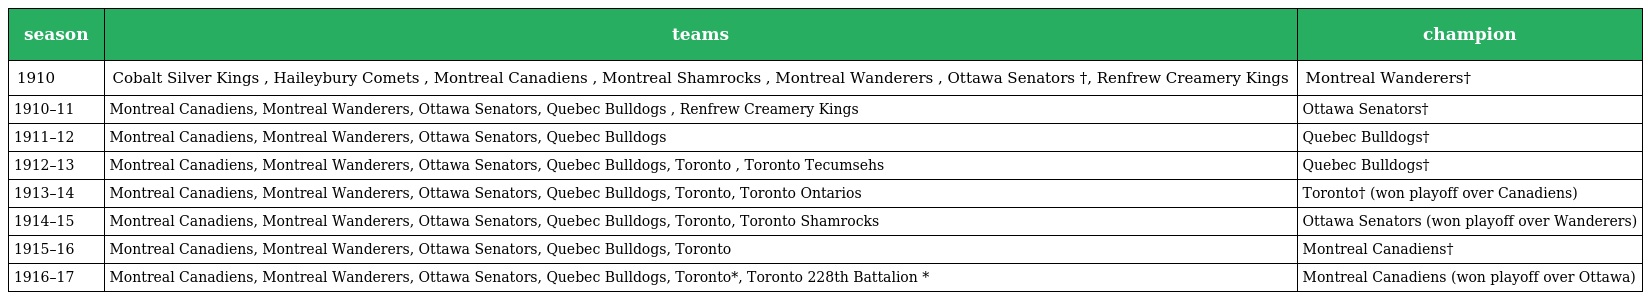
| season | teams | champion |
 | --- | --- | --- |
 | 1910 | Cobalt Silver Kings , Haileybury Comets , Montreal Canadiens , Montreal Shamrocks , Montreal Wanderers , Ottawa Senators †, Renfrew Creamery Kings | Montreal Wanderers† |
 | 1910–11 | Montreal Canadiens, Montreal Wanderers, Ottawa Senators, Quebec Bulldogs , Renfrew Creamery Kings | Ottawa Senators† |
 | 1911–12 | Montreal Canadiens, Montreal Wanderers, Ottawa Senators, Quebec Bulldogs | Quebec Bulldogs† |
 | 1912–13 | Montreal Canadiens, Montreal Wanderers, Ottawa Senators, Quebec Bulldogs, Toronto , Toronto Tecumsehs | Quebec Bulldogs† |
 | 1913–14 | Montreal Canadiens, Montreal Wanderers, Ottawa Senators, Quebec Bulldogs, Toronto, Toronto Ontarios | Toronto† (won playoff over Canadiens) |
 | 1914–15 | Montreal Canadiens, Montreal Wanderers, Ottawa Senators, Quebec Bulldogs, Toronto, Toronto Shamrocks | Ottawa Senators (won playoff over Wanderers) |
 | 1915–16 | Montreal Canadiens, Montreal Wanderers, Ottawa Senators, Quebec Bulldogs, Toronto | Montreal Canadiens† |
 | 1916–17 | Montreal Canadiens, Montreal Wanderers, Ottawa Senators, Quebec Bulldogs, Toronto*, Toronto 228th Battalion * | Montreal Canadiens (won playoff over Ottawa) |